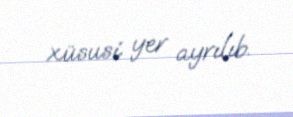
xüsusi yer ayrılıb.